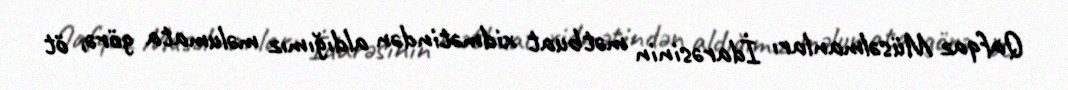
Qafqaz Müsəlmanları İdarəsinin mətbuat xidmətindən aldığımız məlumata görə, öt